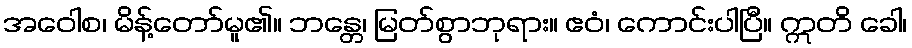
အဝေါစ၊ မိန့်တော်မူ၏။ ဘန္တေ၊ မြတ်စွာဘုရား။ ဧဝံ၊ ကောင်းပါပြီ။ ဣတိ ခေါ၊